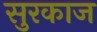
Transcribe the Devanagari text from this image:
सुरकाज